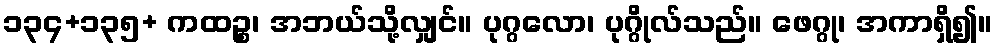
၁၃၄+၁၃၅+ ကထဉ္စ၊ အဘယ်သို့လျှင်။ ပုဂ္ဂလော၊ ပုဂ္ဂိုလ်သည်။ ဖေဂ္ဂု၊ အကာရှိ၍။